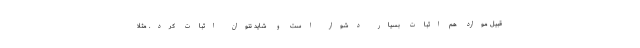
قبیل موارد هم اثبات بسیار دشوار است و شاید نتوان اثبات کرد. مثلاً